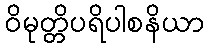
ဝိမုတ္တိပရိပါစနိယာ